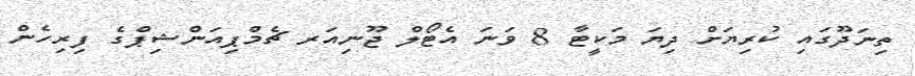
ތިނަދޫގައި ކުރިޔަށް ދިޔަ މަކީޓާ 8 ވަނަ އެޓޯލް ޖޫނިއަރ ޗެމްޕިއަންޝިޕްގެ ފިރިހެން